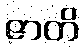
ဇာတိ